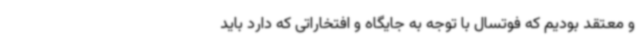
و معتقد بودیم که فوتسال با توجه به جایگاه و افتخاراتی که دارد باید